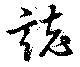
誌